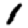
Digit: 1